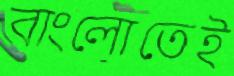
বাংলোতেই